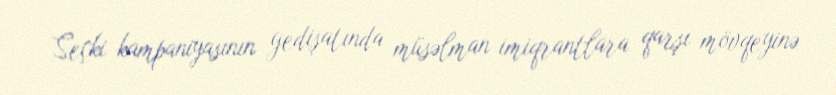
Seçki kampaniyasının gedişatında müsəlman imiqrantlara qarşı mövqeyinə